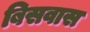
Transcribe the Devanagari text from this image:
बिसवास